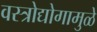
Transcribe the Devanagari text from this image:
वस्त्रोद्योगामुळे